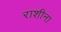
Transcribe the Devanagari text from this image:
राशीना